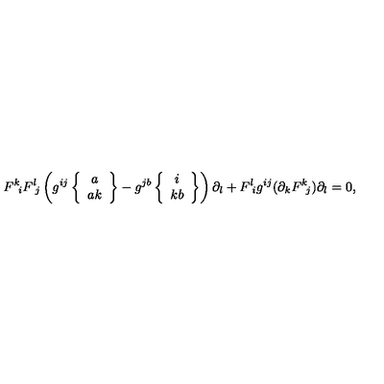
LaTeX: F ^ { k } \! _ { i } F ^ { l } \! _ { j } \left( g ^ { i j } \left\{ \begin{array} { c } { a } \\ { a k } \\ \end{array} \right\} - g ^ { j b } \left\{ \begin{array} { c } { i } \\ { k b } \\ \end{array} \right\} \right) \partial _ { l } + F ^ { l } \! _ { i } g ^ { i j } ( \partial _ { k } F ^ { k } \! _ { j } ) \partial _ { l } = 0 ,